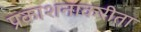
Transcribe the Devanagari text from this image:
प्रकाशनाकरीता